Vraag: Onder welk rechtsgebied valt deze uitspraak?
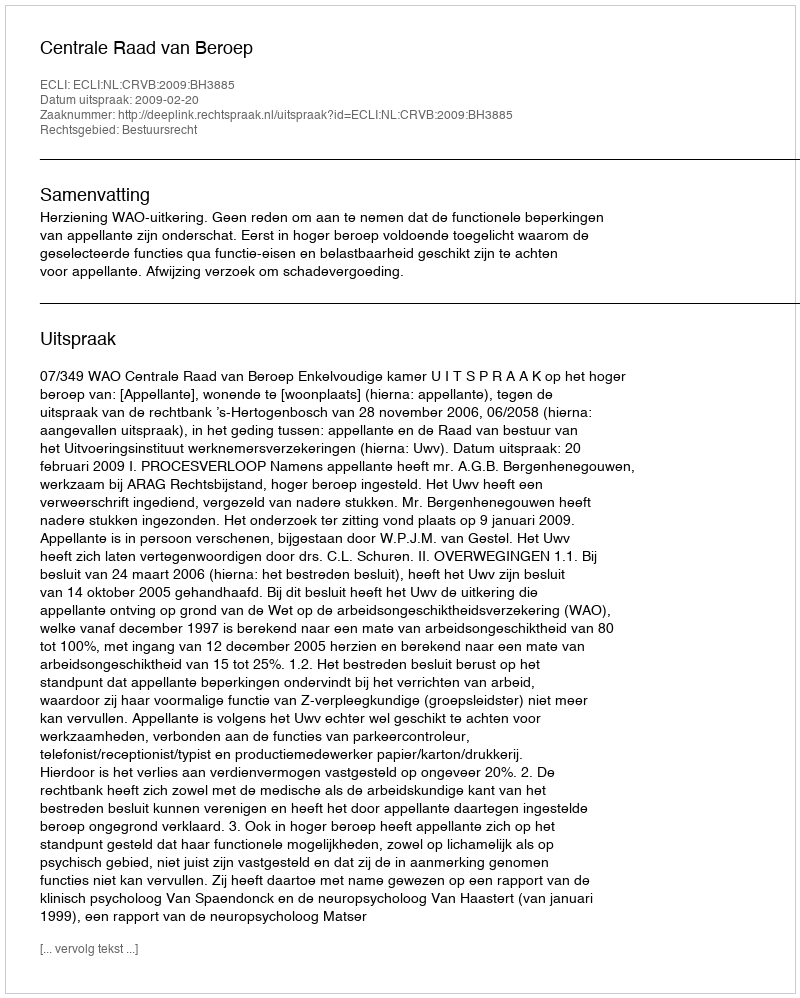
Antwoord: Bestuursrecht